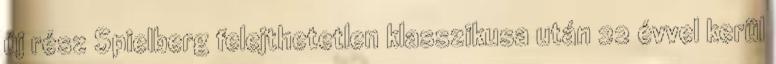
új rész Spielberg felejthetetlen klasszikusa után 22 évvel kerül